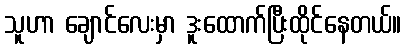
သူဟာ ချောင်လေးမှာ ဒူးထောက်ပြီးထိုင်နေတယ်။